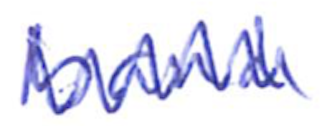
Text: band
Cross-out: mix
Writing tool: ballpoint